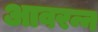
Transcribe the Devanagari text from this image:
आवरन्न